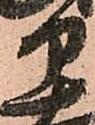
部